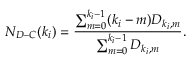
N _ { D - C } ( k _ { i } ) = \frac { \sum _ { m = 0 } ^ { k _ { i } - 1 } ( k _ { i } - m ) D _ { k _ { i } , m } } { \sum _ { m = 0 } ^ { k _ { i } - 1 } D _ { k _ { i } , m } } .